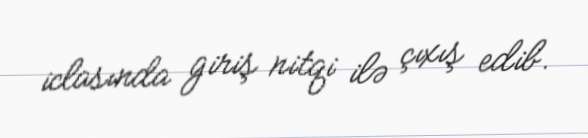
iclasında giriş nitqi ilə çıxış edib.